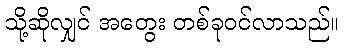
သို့ဆိုလျှင် အတွေး တစ်ခုဝင်လာသည်။